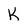
Character: k